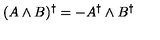
( A \wedge B ) ^ { \dagger } = - A ^ { \dagger } \wedge B ^ { \dagger }